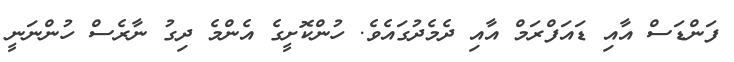
ފަންޑަސް އާއި ޑައަފްރަމް އާއި ދެމެދުގައެވެ. ހުންކޮށީގެ އެންމެ ދިގު ނާރެސް ހުންނަނީ